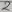
Text: 7